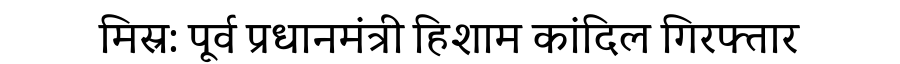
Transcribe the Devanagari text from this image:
मिस्र: पूर्व प्रधानमंत्री हिशाम कांदिल गिरफ्तार